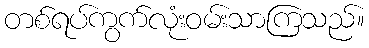
တစ်ရပ်ကွက်လုံးဝမ်းသာကြသည်။